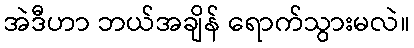
အဲဒီဟာ ဘယ်အချိန် ရောက်သွားမလဲ။